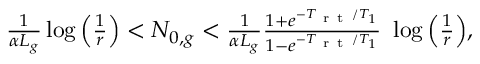
\begin{array} { r } { \frac { 1 } { \alpha L _ { g } } \log \Big ( \frac { 1 } { r } \Big ) < N _ { 0 , g } < \frac { 1 } { \alpha L _ { g } } \frac { 1 + e ^ { - T _ { \mathrm { ~ r ~ t ~ } } / T _ { 1 } } } { 1 - e ^ { - T _ { \mathrm { ~ r ~ t ~ } } / T _ { 1 } } } \ \log \Big ( \frac { 1 } { r } \Big ) , } \end{array}